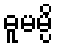
ဓူမမ္ပိ